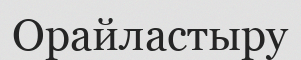
Орайластыру